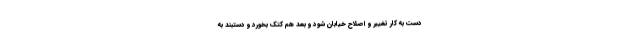
دست به کار تغییر و اصلاح خیابان شود و بعد هم کتک بخورد و دستبند به